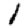
Digit: 1